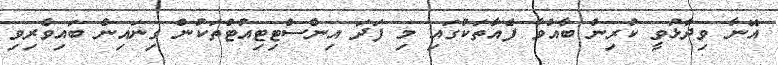
އޭނާ ވިދާޅުވީ ކުރިން ބާއްވާ ފެއާތަކުގައި މި ފަދަ އިންސްޓިޓިއުޓްތަކުން ގިނައިން ބައިވެރިވި